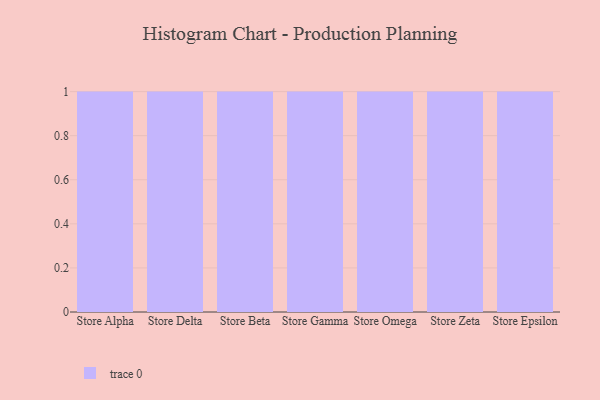
{"axis": {"x": "Store", "y": "Revenue (USD Million)"}, "legend": [""], "data": [{"x": "Store Alpha", "y": 96, "type": ""}, {"x": "Store Delta", "y": 71, "type": ""}, {"x": "Store Beta", "y": 81, "type": ""}, {"x": "Store Gamma", "y": 45, "type": ""}, {"x": "Store Omega", "y": 20, "type": ""}, {"x": "Store Zeta", "y": 43, "type": ""}, {"x": "Store Epsilon", "y": 73, "type": ""}]}